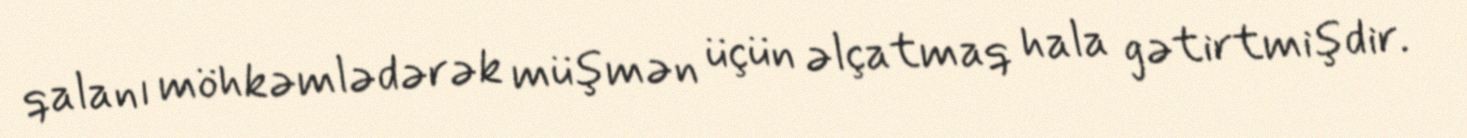
qalanı möhkəmlədərək müşmən üçün əlçatmaq hala gətirtmişdir.